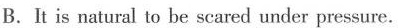
B.It is natural to be scared under pressure.